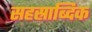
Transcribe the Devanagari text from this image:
सहस्राब्दिक